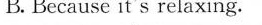
B.Because it's relaxing.